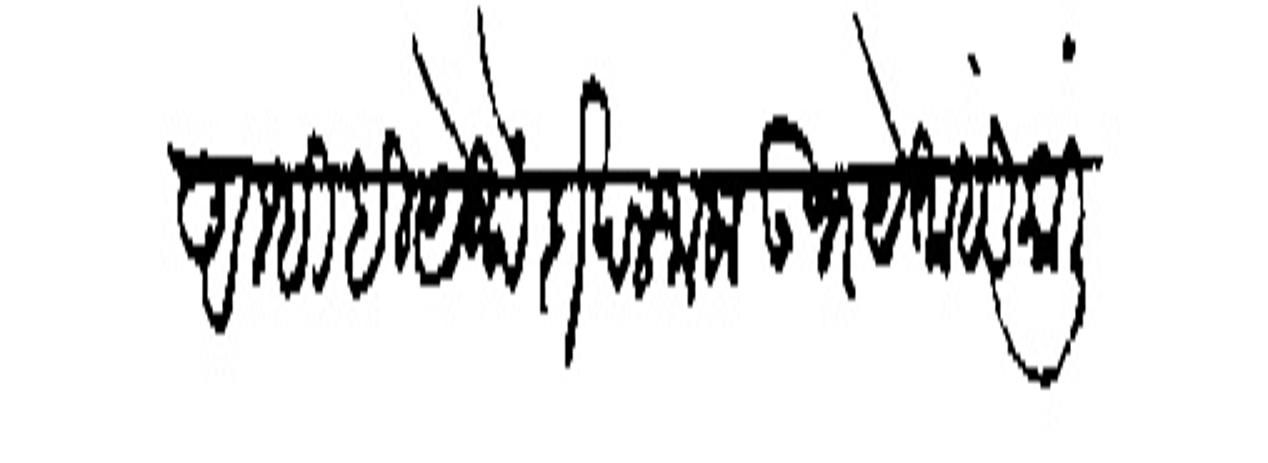
Transliteration (Devanagari): अम्हीही येथे दाखल जालों उभयेताही कालीजरास